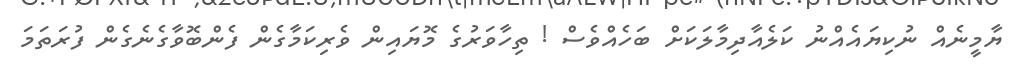
ޔާމީނެއް ނުކިޔައެއްނު ކަލެއާދިމާލަކަށް ބަހެއްވެސް ! ތިހާވަރުގެ މޮޔައިން ވެރިކަމާގެން ފެންބޮވާގެނެގެން ފުރަތަމަ